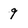
Character: 9